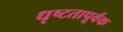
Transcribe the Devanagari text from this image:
धृष्टतापूर्वक